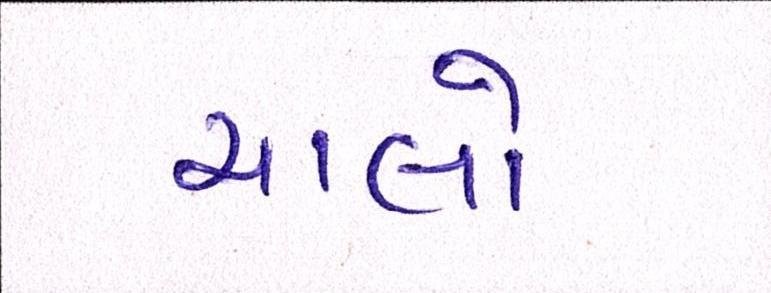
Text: ચાલો